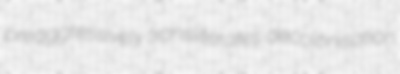
preaggressively transliterates decolonisation